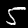
Label: 5